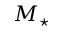
M _ { \star }